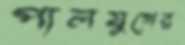
পালযুগের